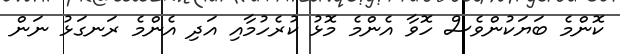
ކޮންމެ ބަޔަކުންވެސް ހޮވާ އެންމެ މޮޅު ކުރެހުމާއި އަދި އެންމެ ރަނގަޅު ނަން